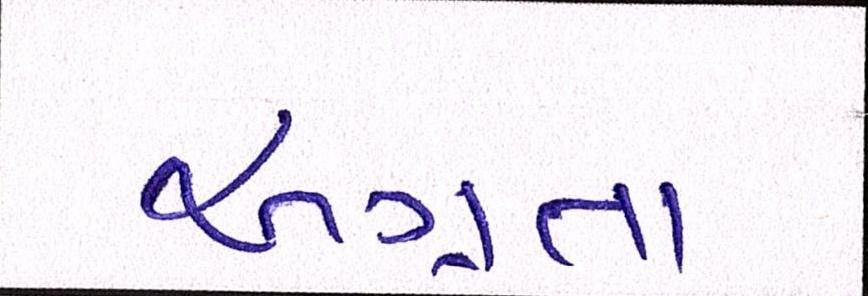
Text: અગ્રતા